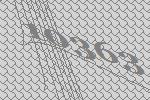
10363